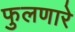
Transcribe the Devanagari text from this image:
फुलणारे